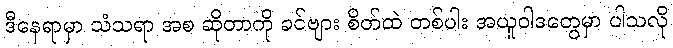
ဒီနေရာမှာ သံသရာ အစ ဆိုတာကို ခင်ဗျား စိတ်ထဲ တစ်ပါး အယူဝါဒတွေမှာ ပါသလို